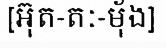
[អ៊ុត-តៈ-ម៉័ង]